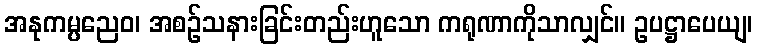
အနုကမ္ပညေဝ၊ အစဉ်သနားခြင်းတည်းဟူသော ကရုဏာကိုသာလျှင်။ ဥပဋ္ဌာပေယျ၊